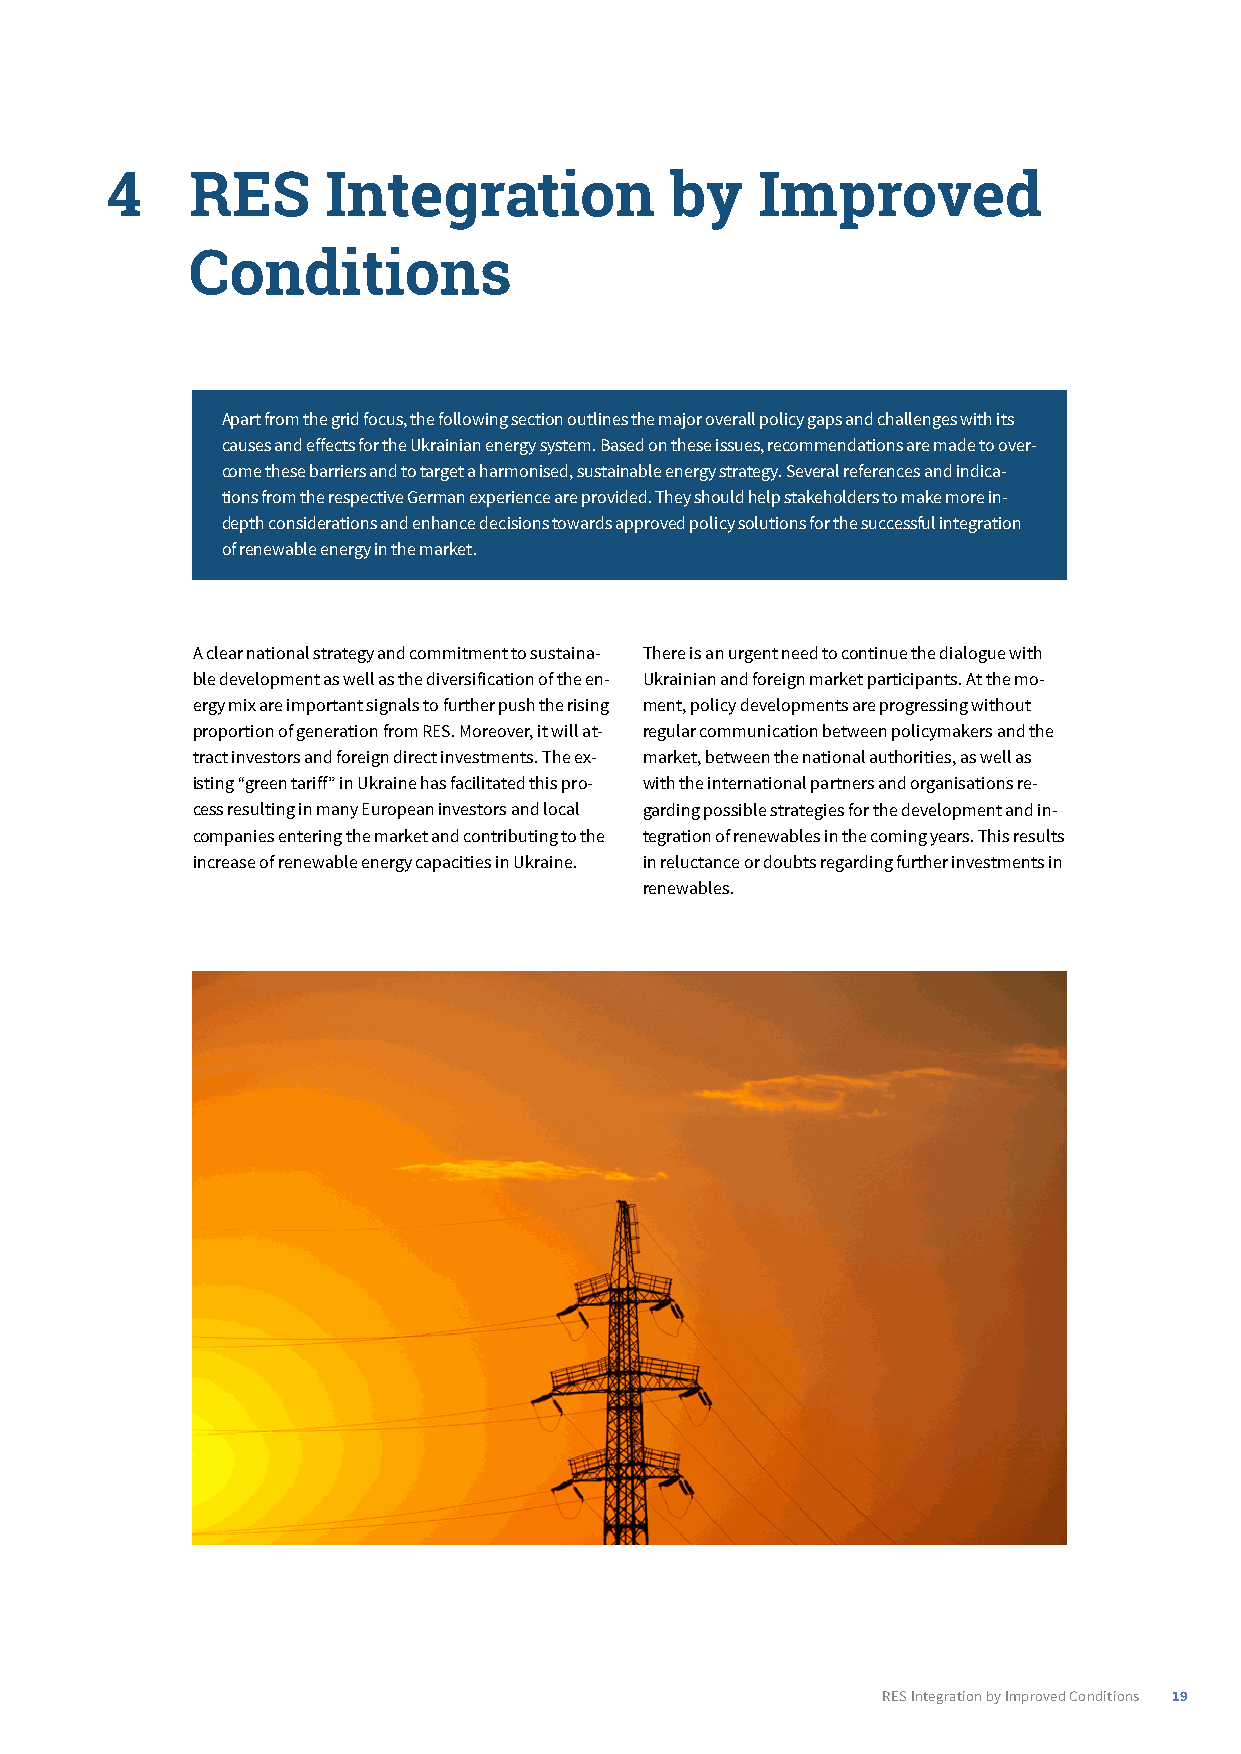
4­    ­RES­Integration­by­Improved­
 Conditions
 Apart from the grid focus, the following section outlines the major overall policy gaps and challenges with its
 causes and effects for the Ukrainian energy system. Based on these issues, recommendations are made to over-
 come these barriers and to target a harmonised, sustainable energy strategy. Several references and indica-
 tions from the respective German experience are provided. They should help stakeholders to make more in-
 depth considerations and enhance decisions towards approved policy solutions for the successful integration
 of renewable energy in the market.
 A clear national strategy and commitment to sustaina- There is an urgent need to continue the dialogue with
 ble development as well as the diversification of the en- Ukrainian and foreign market participants. At the mo-
 ergy mix are important signals to further push the rising ment, policy developments are progressing without
 proportion of generation from RES. Moreover, it will at- regular communication between policymakers and the
 tract investors and foreign direct investments. The ex- market, between the national authorities, as well as
 isting “green tariff” in Ukraine has facilitated this pro- with the international partners and organisations re-
 cess resulting in many European investors and local garding possible strategies for the development and in-
 companies entering the market and contributing to the tegration of renewables in the coming years. This results
 increase of renewable energy capacities in Ukraine. in reluctance or doubts regarding further investments in
 renewables.
 RES Integration by Improved Conditions 19